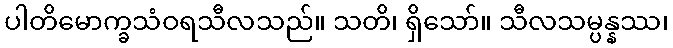
ပါတိမောက္ခသံဝရသီလသည်။ သတိ၊ ရှိသော်။ သီလသမ္ပန္နဿ၊